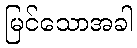
မြင်သောအခါ